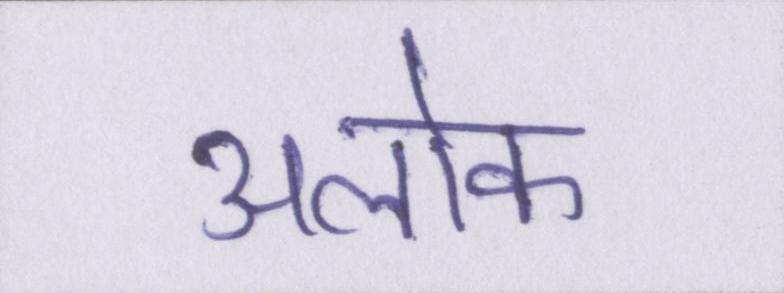
अलोक